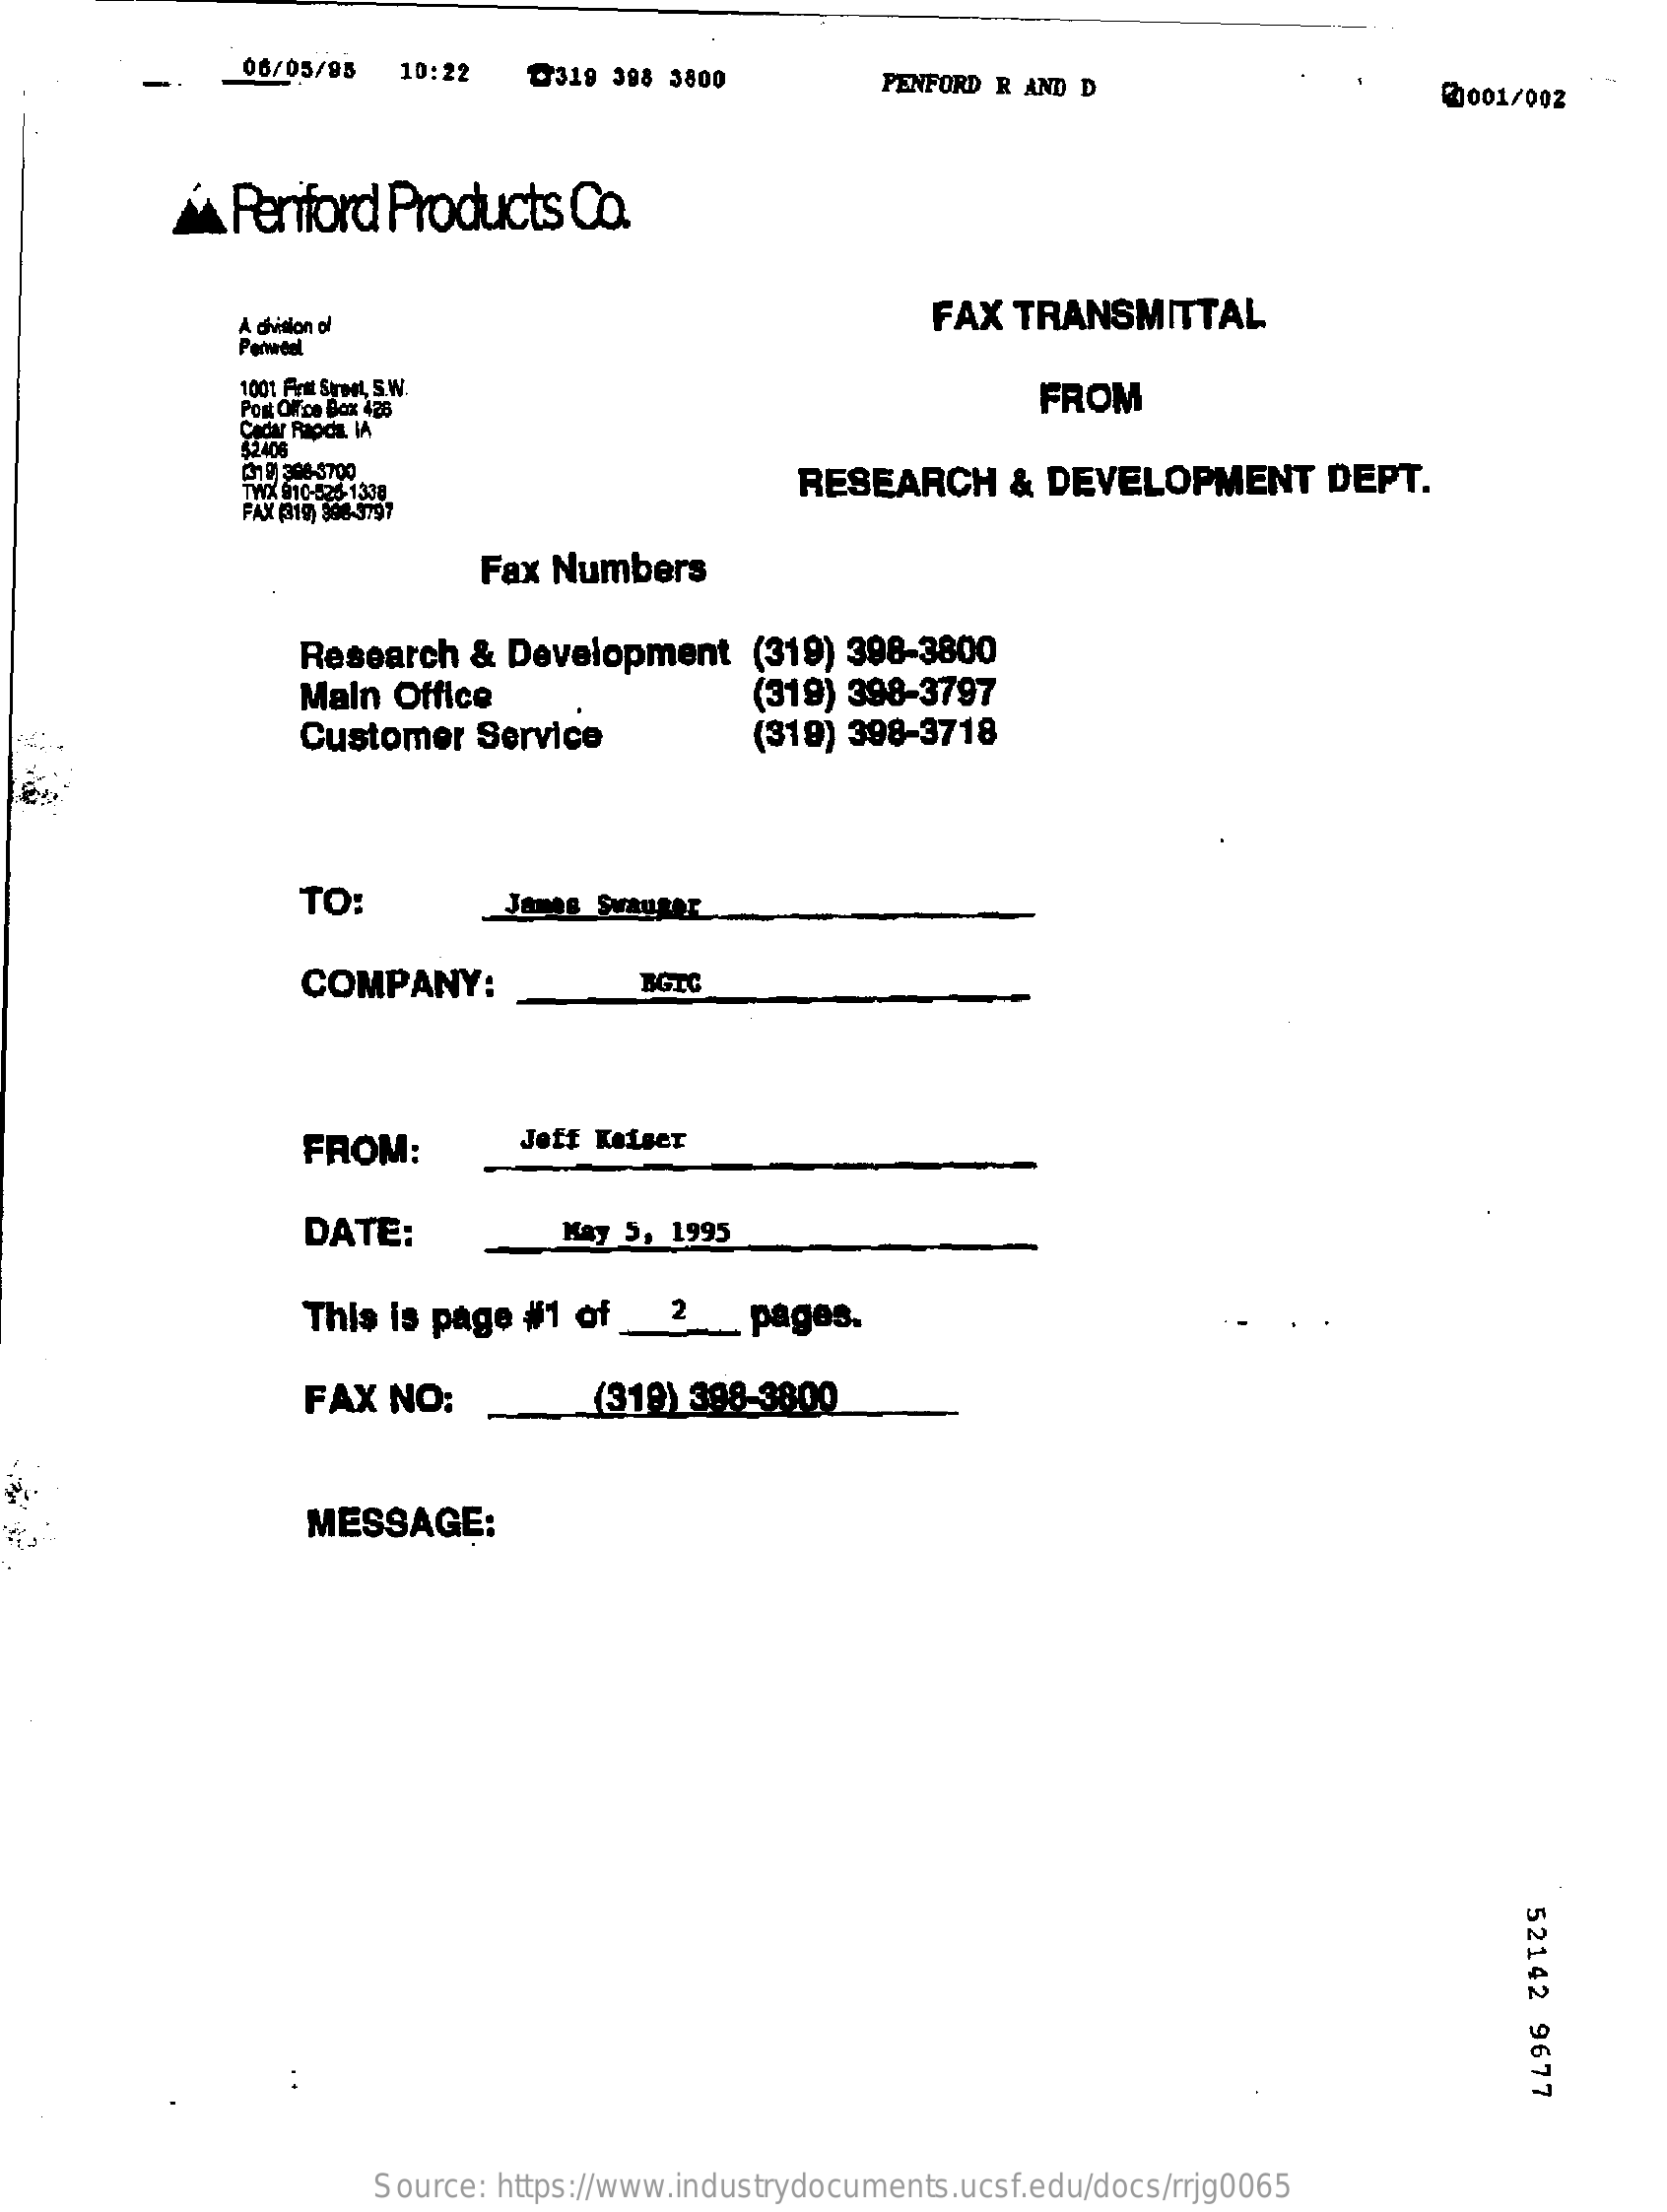
06/05/95  10:22   0319  398 3800    PENFORD R AND D    2001/002
     APeniford    Products    Co.
     A chition of    FAX   TRANSMITTAL
     1001 Frit SMIL, S.W.
     Pont OFice Box 426
     FROM
     Cedar Rapda IA
     (19) 308-3700
     TWIX 810-525-1338    RESEARCH    & DEVELOPMENT    DEPT.
     FAX (319) 396-3797
     Fax Numbers
     Research   &  Development    (319)  398-3800
     Main  Office    (319) 398-3797
     Customer   Service    (319) 398-3718
     TO:    James Svauger
     COMPANY:    BGIC
     FROM:    Jeff Keiser
     DATE:    May 5, 1995
     This is page  #1 of_2_pages.
     FAX  NO:    (319) 388-3800
     MESSAGE:
     52142
     9677
     Source: https://www.industrydocuments.ucsf.edu/docs/rrjg0065